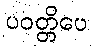
ပဝတ္တိပေ